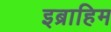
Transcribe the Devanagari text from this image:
इब्राहिम